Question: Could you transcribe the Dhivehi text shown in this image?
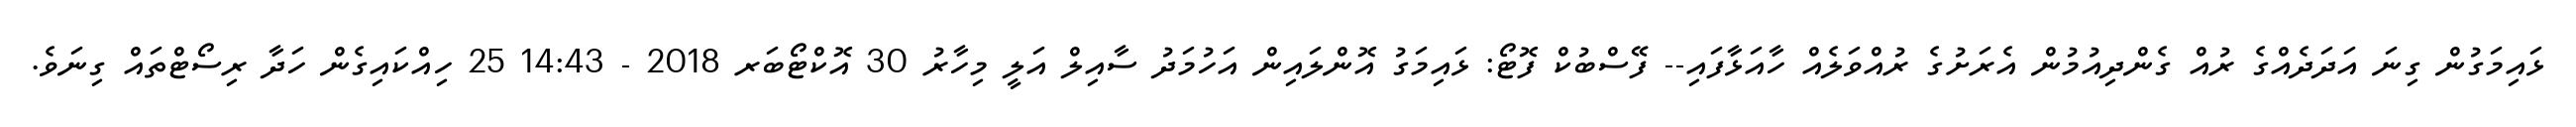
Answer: ޅައިމަގުން ގިނަ އަދަދެއްގެ ރުއް ގެންދިއުމުން އެރަށުގެ ރުއްވަލެއް ހާއަޅާފައި-- ފޭސްބުކް ފޮޓޯ: ޅައިމަގު އޮންލައިން އަހުމަދު ސާއިލް އަލީ މިހާރު 30 އޮކްޓޯބަރ 2018 - 14:43 25 ހިއްކައިގެން ހަދާ ރިސޯޓްތައް ގިނަވެ.